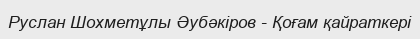
Руслан Шохметұлы Әубәкіров - Қоғам қайраткері